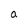
Character: a